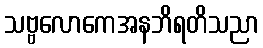
သဗ္ဗလောကေအနဘိရတိသညာ